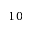
1 0